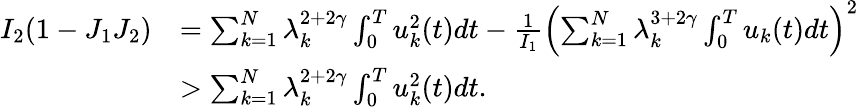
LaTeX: \begin{array}{rl}{I_{2}(1-J_{1}J_{2})}&{=\sum_{k=1}^{N}\lambda_{k}^{2+2\gamma}\int_{0}^{T}u_{k}^{2}(t)dt-\frac{1}{I_{1}}\left(\sum_{k=1}^{N}\lambda_{k}^{3+2\gamma}\int_{0}^{T}u_{k}(t)dt\right)^{2}}\\ &{>\sum_{k=1}^{N}\lambda_{k}^{2+2\gamma}\int_{0}^{T}u_{k}^{2}(t)dt.}\end{array}